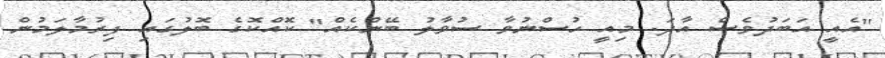
"އެއީ އަބަދުވެސް އާދަ. މިއީ ހުސްނުވާ ސުވާލު ބޭންކެއް" ކޮއްކޮގެ ބޮލުގައި ފިރުމާލަމުން